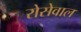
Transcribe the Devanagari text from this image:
रोसेवाल